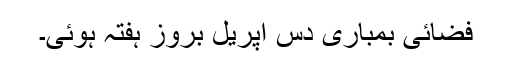
فضائی بمباری دس اپریل بروز ہفتہ ہوئی۔